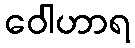
ဝေါဟာရ